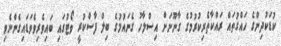
ކުޑަކުދިންގެ ހައްގުތައް ރައްކާތެރިކުރުމުގެ ގާނޫނަށް އިސްލާހު ގެނައުމުގެ ބިލް ފާސްކުރީ ވޯޓުގައި ބައިވެރިވެވަޑައިގެންނެވި